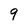
Character: 9